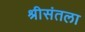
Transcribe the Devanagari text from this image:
श्रीसंतला